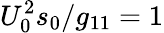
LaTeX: U_{0}^{2}s_{0}/g_{11}=1